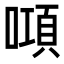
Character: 𠾿